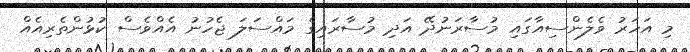
މި އަހަރު ވެލެންސިއާގައި މުސާރަނުދޭ އަދި މުސާރައިގެ މައްސަލަ ޖެހުނު އެއްވެސް ކުޅުންތެރިއެއް